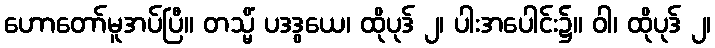
ဟောတော်မူအပ်ပြီ။ တသ္မိံ ပဒဒွယေ၊ ထိုပုဒ် ၂၊ ပါးအပေါင်း၌။ ဝါ၊ ထိုပုဒ် ၂၊